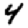
Digit: 4